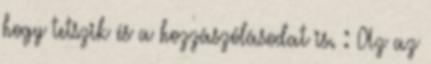
hogy tetszik és a hozzászólásodat is. : Az az